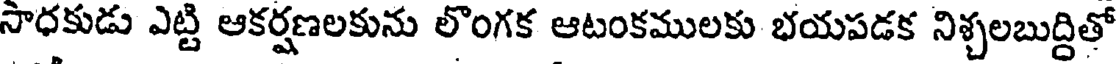
సాధకుడు ఎట్టి ఆకర్షణలకును లొంగక ఆటంకములకు భయపడక నిశ్చలబుద్దితో